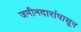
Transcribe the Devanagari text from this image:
जमीनदारांपासून